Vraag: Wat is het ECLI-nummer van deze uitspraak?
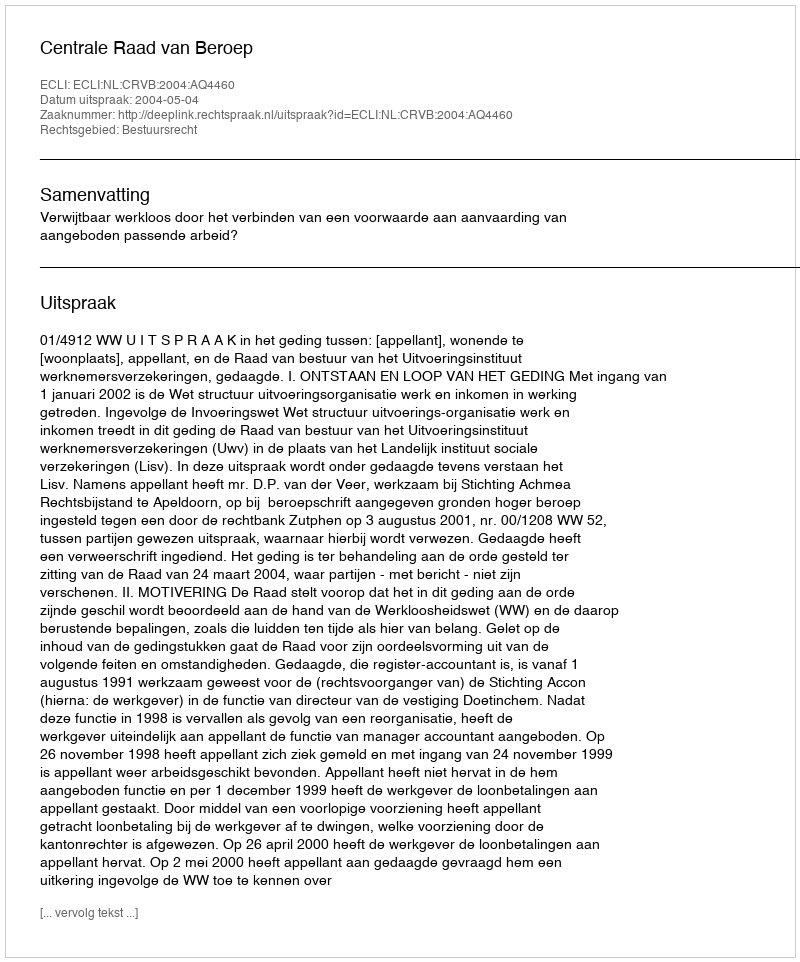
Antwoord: ECLI:NL:CRVB:2004:AQ4460